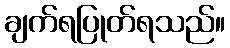
ချက်ရပြုတ်ရသည်။